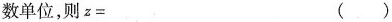
数单位，则z= ()